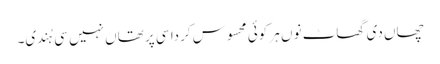
چھاں دی گھاٹ نوں ہر کوئی محسوس کردا سی پر تھاں نہیں سی ہُندی۔